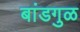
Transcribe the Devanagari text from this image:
बांडगुळ